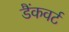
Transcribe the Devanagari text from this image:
डैंकवर्ट